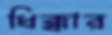
ধিক্কার